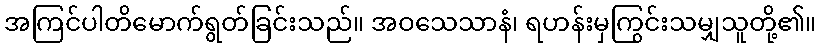
အကြင်ပါတိမောက်ရွတ်ခြင်းသည်။ အဝသေသာနံ၊ ရဟန်းမှကြွင်းသမျှသူတို့၏။